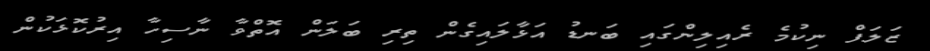
ޒަލަފް ނިކުމެ ރެއިލިންގައި ބަނޑު އަޅާލައިގެން ތިރި ބަލަން އޮތްވާ ނާސިހާ އިރުކޮޅަކުން